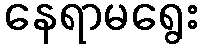
နေရာမရွေး